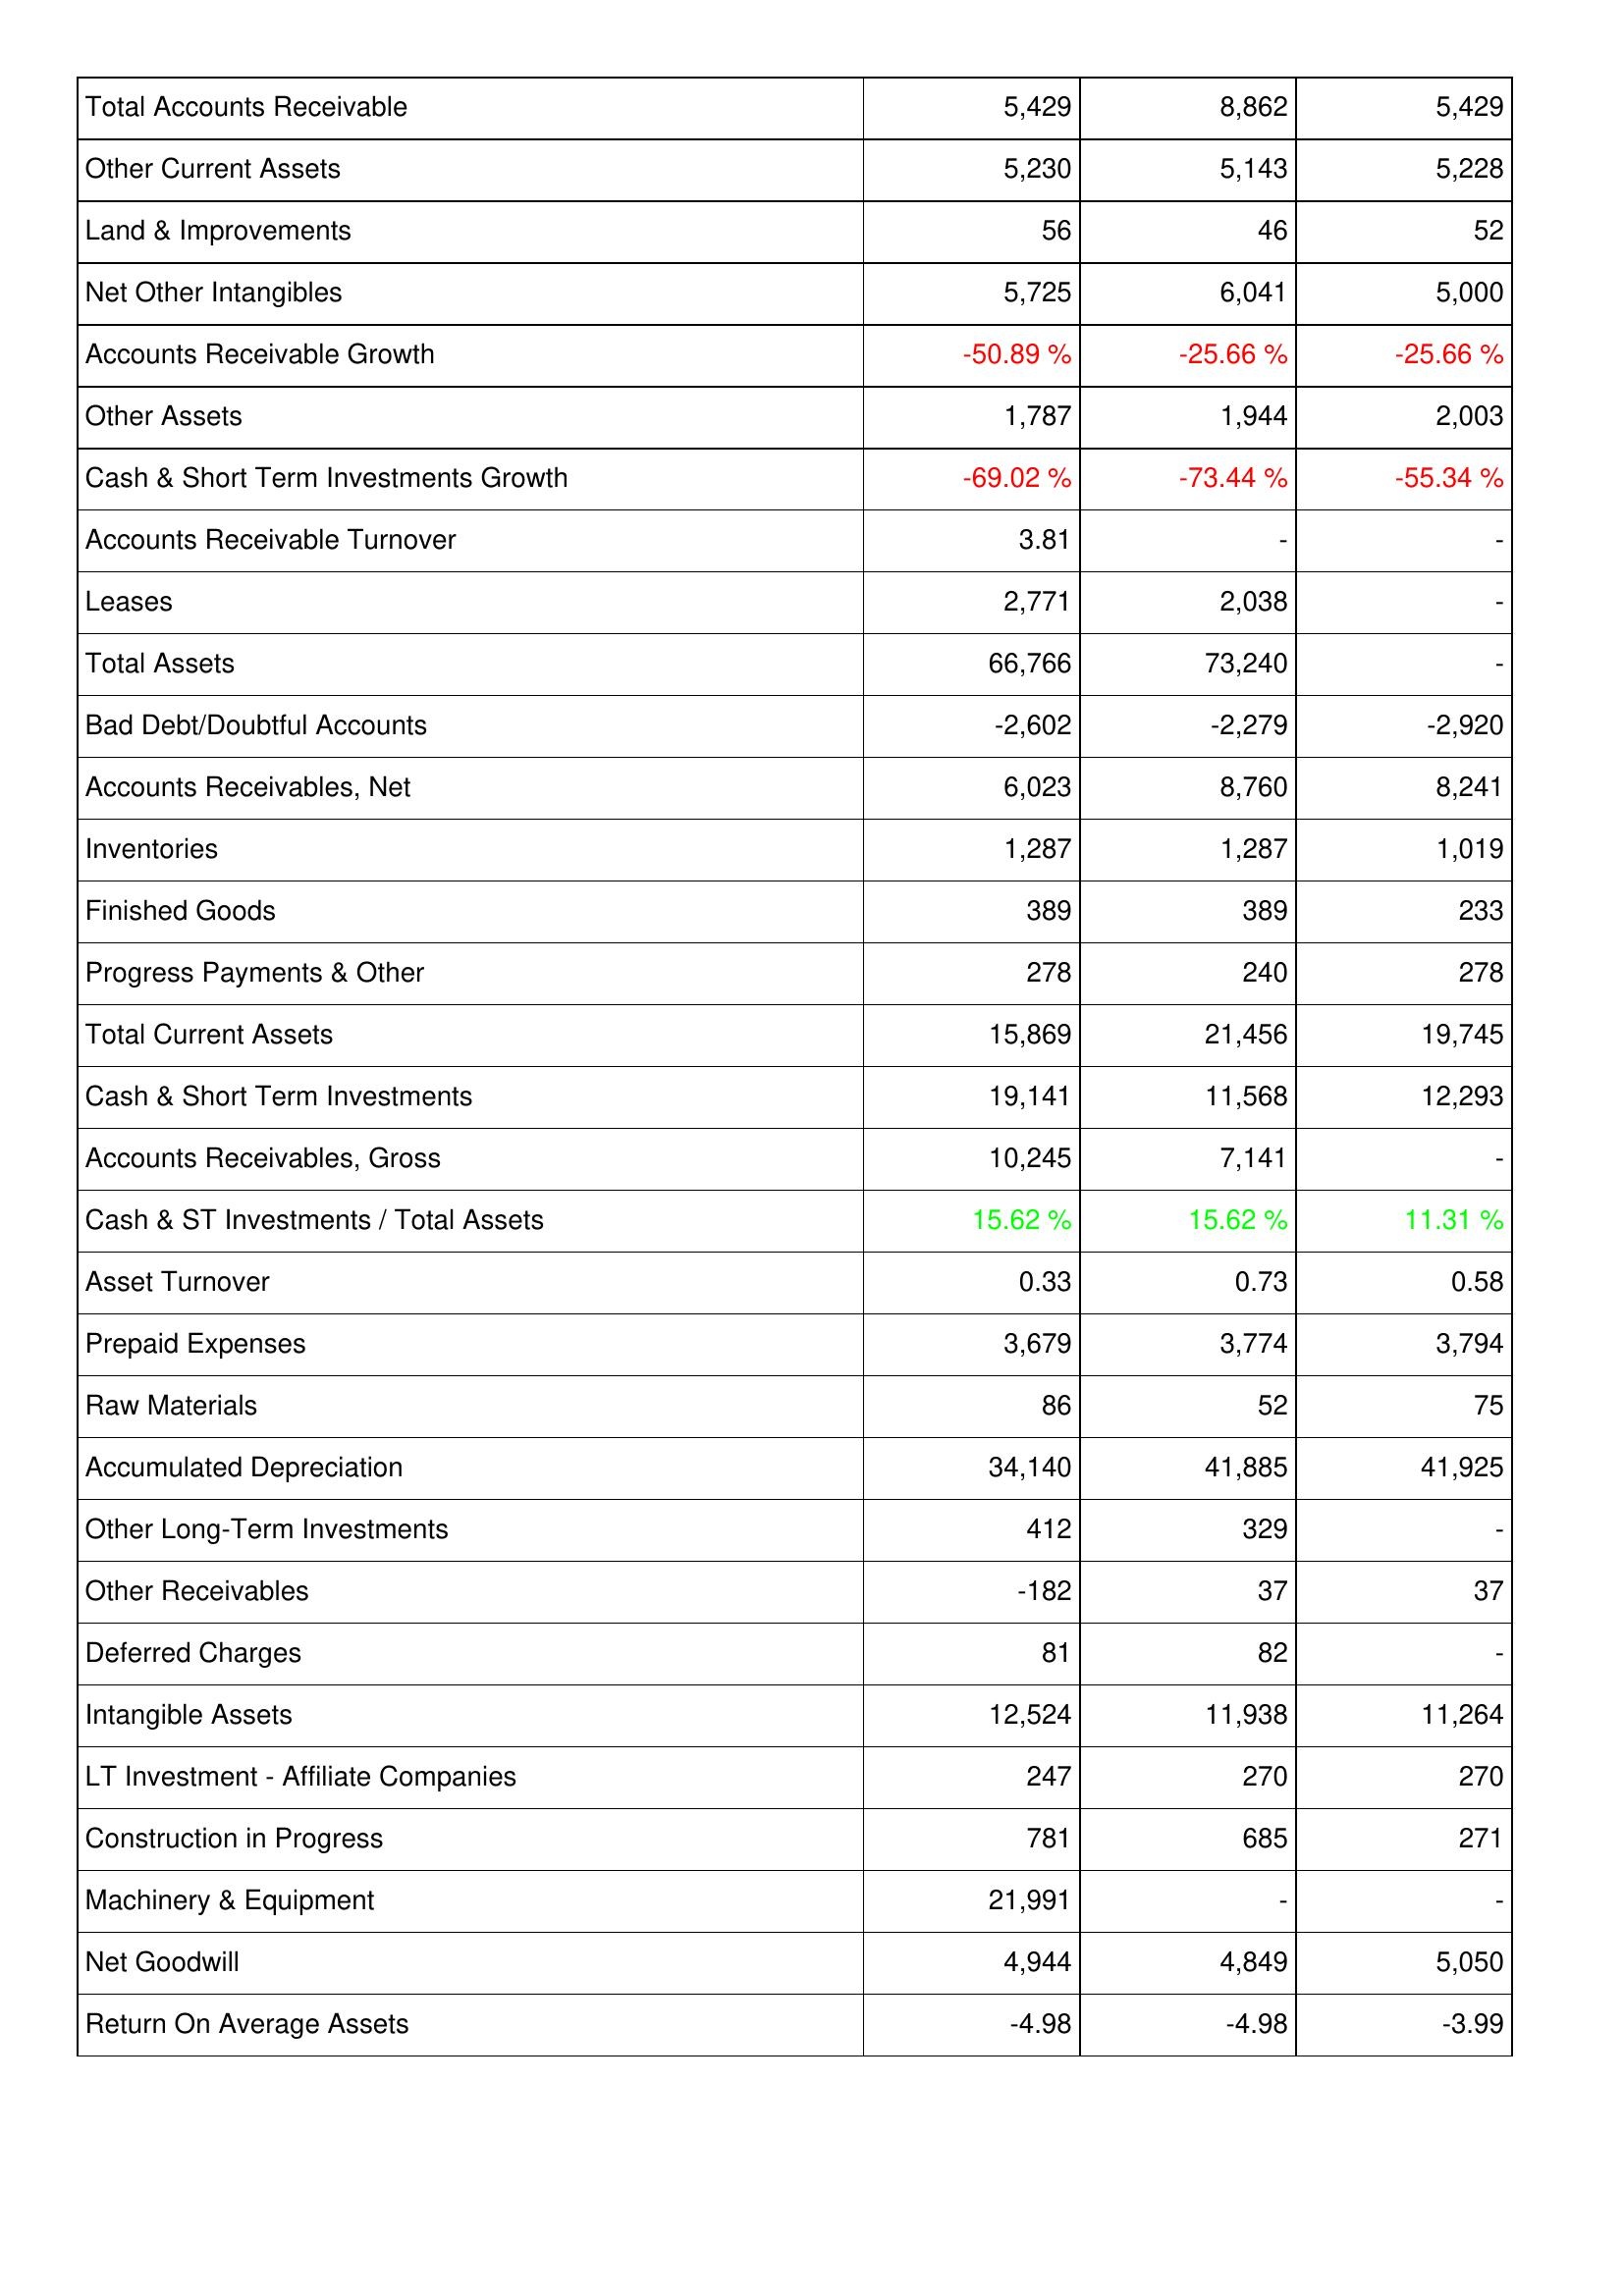
2009: Assets: Total Accounts Receivable: 5,429
Other Current Assets: 5,230
Land & Improvements: 56
Net Other Intangibles: 5,725
Accounts Receivable Growth: -50.89 %
Other Assets: 1,787
Cash & Short Term Investments Growth: -69.02 %
Accounts Receivable Turnover: 3.81
Leases: 2,771
Total Assets: 66,766
Bad Debt/Doubtful Accounts: -2,602
Accounts Receivables, Net: 6,023
Inventories: 1,287
Finished Goods: 389
Progress Payments & Other: 278
Total Current Assets: 15,869
Cash & Short Term Investments: 19,141
Accounts Receivables, Gross: 10,245
Cash & ST Investments / Total Assets: 15.62 %
Asset Turnover: 0.33
Prepaid Expenses: 3,679
Raw Materials: 86
Accumulated Depreciation: 34,140
Other Long-Term Investments: 412
Other Receivables: -182
Deferred Charges: 81
Intangible Assets: 12,524
LT Investment - Affiliate Companies: 247
Construction in Progress: 781
Machinery & Equipment: 21,991
Net Goodwill: 4,944
Return On Average Assets: -4.98
2008: Assets: Total Accounts Receivable: 8,862
Other Current Assets: 5,143
Land & Improvements: 46
Net Other Intangibles: 6,041
Accounts Receivable Growth: -25.66 %
Other Assets: 1,944
Cash & Short Term Investments Growth: -73.44 %
Accounts Receivable Turnover: -
Leases: 2,038
Total Assets: 73,240
Bad Debt/Doubtful Accounts: -2,279
Accounts Receivables, Net: 8,760
Inventories: 1,287
Finished Goods: 389
Progress Payments & Other: 240
Total Current Assets: 21,456
Cash & Short Term Investments: 11,568
Accounts Receivables, Gross: 7,141
Cash & ST Investments / Total Assets: 15.62 %
Asset Turnover: 0.73
Prepaid Expenses: 3,774
Raw Materials: 52
Accumulated Depreciation: 41,885
Other Long-Term Investments: 329
Other Receivables: 37
Deferred Charges: 82
Intangible Assets: 11,938
LT Investment - Affiliate Companies: 270
Construction in Progress: 685
Machinery & Equipment: -
Net Goodwill: 4,849
Return On Average Assets: -4.98
2007: Assets: Total Accounts Receivable: 5,429
Other Current Assets: 5,228
Land & Improvements: 52
Net Other Intangibles: 5,000
Accounts Receivable Growth: -25.66 %
Other Assets: 2,003
Cash & Short Term Investments Growth: -55.34 %
Accounts Receivable Turnover: -
Leases: -
Total Assets: -
Bad Debt/Doubtful Accounts: -2,920
Accounts Receivables, Net: 8,241
Inventories: 1,019
Finished Goods: 233
Progress Payments & Other: 278
Total Current Assets: 19,745
Cash & Short Term Investments: 12,293
Accounts Receivables, Gross: -
Cash & ST Investments / Total Assets: 11.31 %
Asset Turnover: 0.58
Prepaid Expenses: 3,794
Raw Materials: 75
Accumulated Depreciation: 41,925
Other Long-Term Investments: -
Other Receivables: 37
Deferred Charges: -
Intangible Assets: 11,264
LT Investment - Affiliate Companies: 270
Construction in Progress: 271
Machinery & Equipment: -
Net Goodwill: 5,050
Return On Average Assets: -3.99